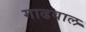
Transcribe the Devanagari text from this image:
गाढवाल